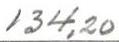
134,20